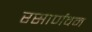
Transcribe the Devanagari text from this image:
रसार्णवम